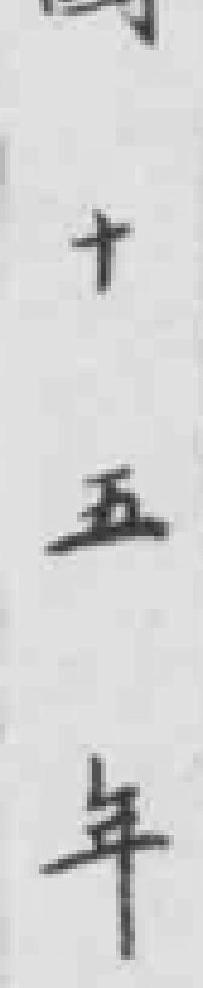
十五年